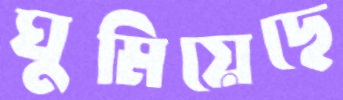
ঘুমিয়েছে